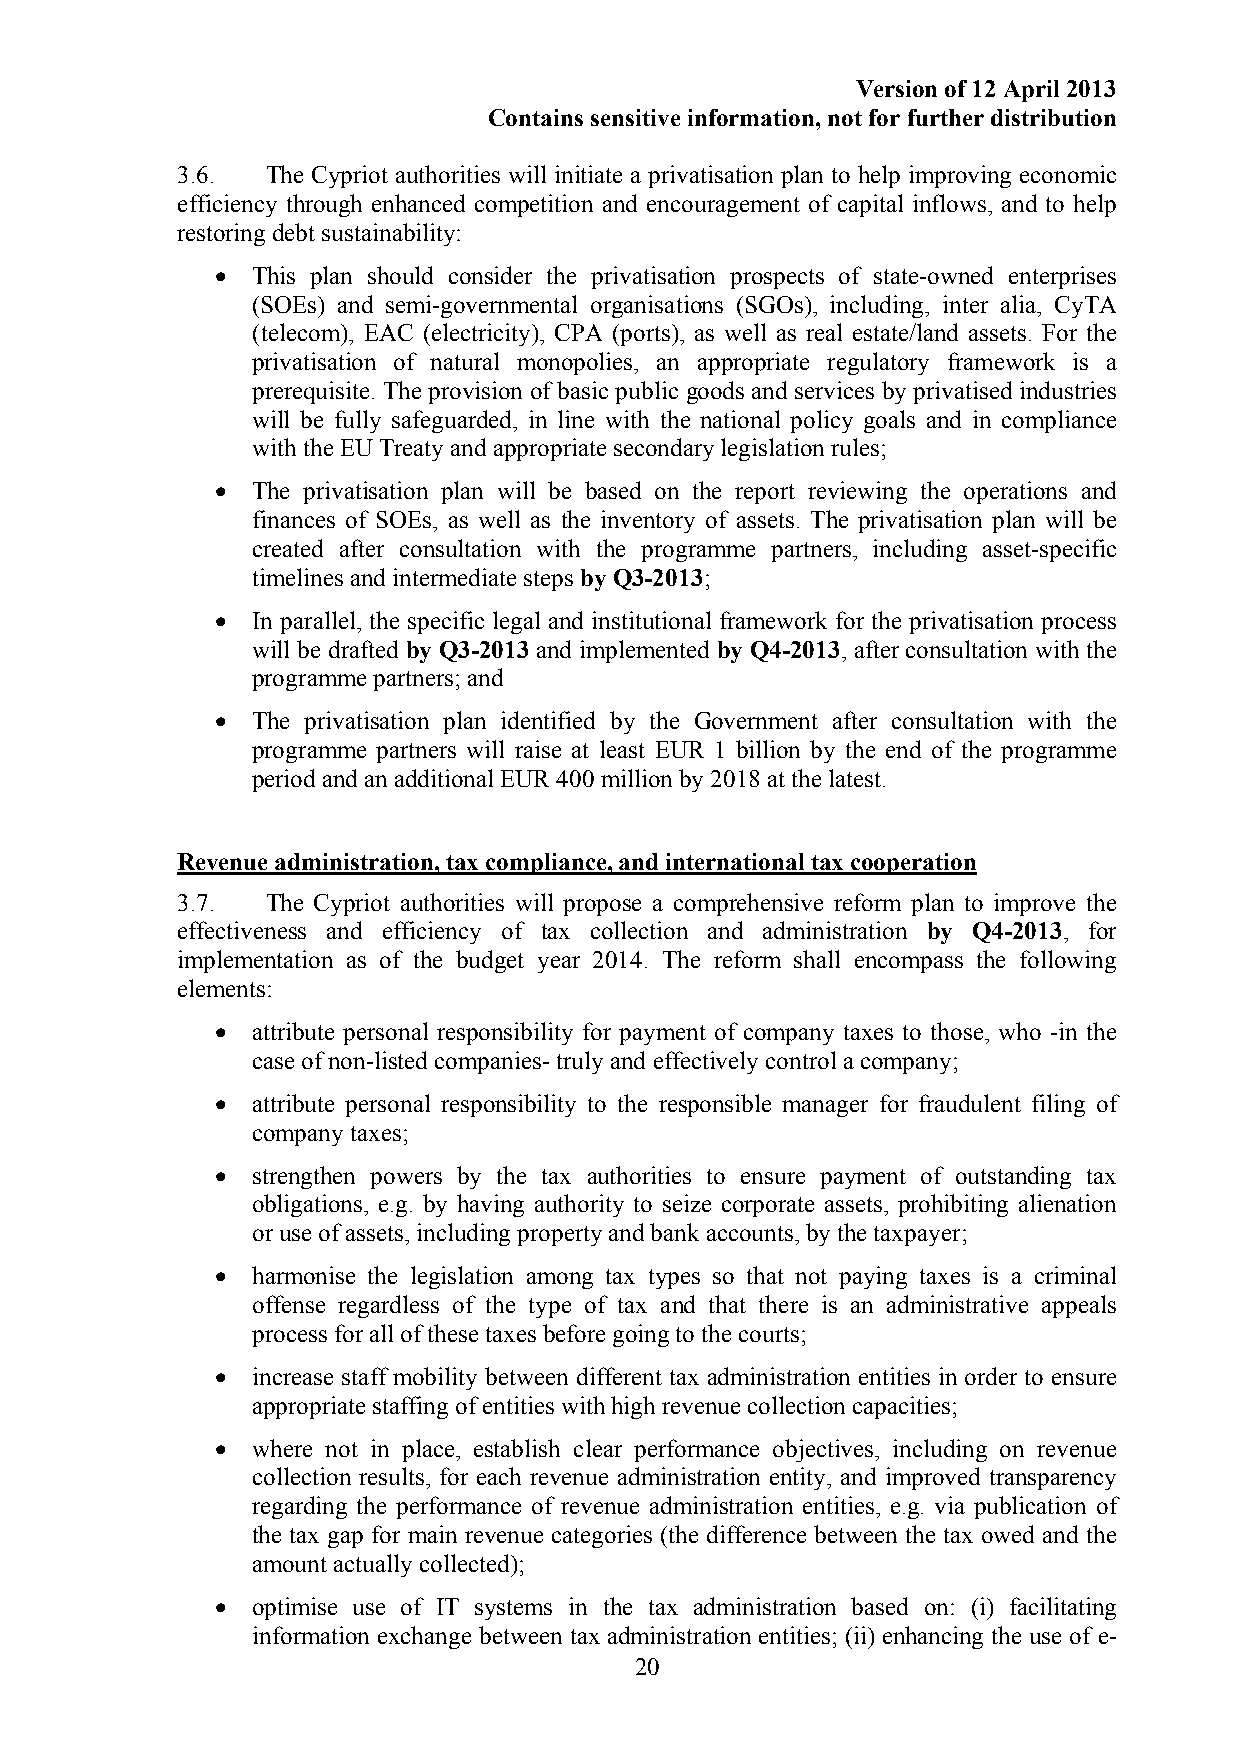
Version of 12 April 2013
 Contains sensitive information, not for further distribution
 3.6.  The Cypriot authorities will initiate a privatisation plan to help improving economic
 efficiency through enhanced competition and encouragement of capital inflows, and to help
 restoring debt sustainability:
 •  This plan should consider the privatisation prospects of state-owned enterprises
 (SOEs) and semi-governmental organisations (SGOs), including, inter alia, CyTA
 (telecom), EAC (electricity), CPA (ports), as well as real estate/land assets. For the
 privatisation of natural monopolies, an appropriate regulatory framework is a
 prerequisite. The provision of basic public goods and services by privatised industries
 will be fully safeguarded, in line with the national policy goals and in compliance
 with the EU Treaty and appropriate secondary legislation rules;
 •  The privatisation plan will be based on the report reviewing the operations and
 finances of SOEs, as well as the inventory of assets. The privatisation plan will be
 created after consultation with the programme partners, including asset-specific
 timelines and intermediate steps by Q3-2013;
 •  In parallel, the specific legal and institutional framework for the privatisation process
 will be drafted by Q3-2013 and implemented by Q4-2013, after consultation with the
 programme partners; and
 •  The privatisation plan identified by the Government after consultation with the
 programme partners will raise at least EUR 1 billion by the end of the programme
 period and an additional EUR 400 million by 2018 at the latest.
 Revenue administration, tax compliance, and international tax cooperation
 3.7.  The Cypriot authorities will propose a comprehensive reform plan to improve the
 effectiveness and efficiency of tax collection and administration by Q4-2013, for
 implementation as of the budget year 2014. The reform shall encompass the following
 elements:
 •  attribute personal responsibility for payment of company taxes to those, who -in the
 case of non-listed companies- truly and effectively control a company;
 •  attribute personal responsibility to the responsible manager for fraudulent filing of
 company taxes;
 •  strengthen powers by the tax authorities to ensure payment of outstanding tax
 obligations, e.g. by having authority to seize corporate assets, prohibiting alienation
 or use of assets, including property and bank accounts, by the taxpayer;
 •  harmonise the legislation among tax types so that not paying taxes is a criminal
 offense regardless of the type of tax and that there is an administrative appeals
 process for all of these taxes before going to the courts;
 •  increase staff mobility between different tax administration entities in order to ensure
 appropriate staffing of entities with high revenue collection capacities;
 •  where not in place, establish clear performance objectives, including on revenue
 collection results, for each revenue administration entity, and improved transparency
 regarding the performance of revenue administration entities, e.g. via publication of
 the tax gap for main revenue categories (the difference between the tax owed and the
 amount actually collected);
 •  optimise use of IT systems in the tax administration based on: (i) facilitating
 information exchange between tax administration entities; (ii) enhancing the use of e-
 20